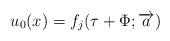
LaTeX: \begin{align*}u_0(x)=f_j(\tau +\Phi ;\overrightarrow{a})\end{align*}